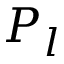
P _ { l }